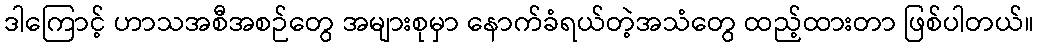
ဒါကြောင့် ဟာသအစီအစဉ်တွေ အများစုမှာ နောက်ခံရယ်တဲ့အသံတွေ ထည့်ထားတာ ဖြစ်ပါတယ်။